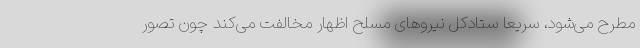
مطرح می‌شود، سریعاً ستادکل نیروهای مسلح اظهار مخالفت می‌کند چون تصور